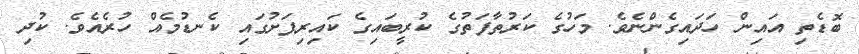
ބޮޑެތި އައިން ހަދައިގެންނެވެ. މަހުގެ ކަރުތާފަތުގެ ކުރީބައިގެ ކައިރިފަށުގައި ކެނޑުމެއް ހުރެއެވެ. ކުދި